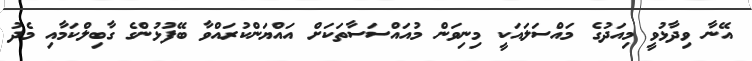
އޭނާ ވިދާޅުވީ މިއަދުގެ މައްސަލައަކީ މިނިވަން މުއައްސަސާތަކަށް އައްޔަންކުރައްވާ ބޭފުޅުންގެ ގާބިލްކަމާއި މެދު